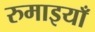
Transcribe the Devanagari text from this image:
रुमाइयाँ